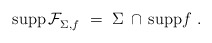
\begin{align*} \mathrm{supp} \, \mathcal{F}_{\Sigma,f}^{}~ =~\Sigma \,\cap\, \mathrm{supp} f~.\end{align*}